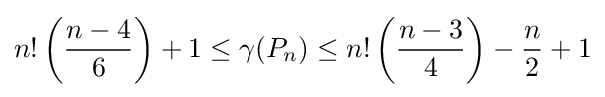
n!\left({\frac {n-4}{6}}\right)+1\leq \gamma (P_{n})\leq n!\left({\frac {n-3}{4}}\right)-{\frac {n}{2}}+1